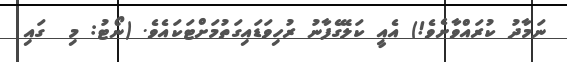
ނަމާދު ކުރައްވާށެވެ!) އެއީ ކަލޭގެފާނު ރުހިވަޑައިގަތުމަށްޓަކައެވެ. (ނޯޓު: މި  ގައި